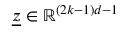
\underline { { \boldsymbol { z } } } \in \mathbb { R } ^ { ( 2 k - 1 ) d - 1 }